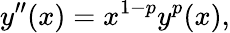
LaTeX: y^{\prime\prime}(x)=x^{1-p}y^{p}(x),